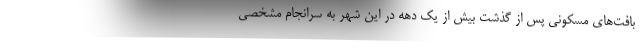
بافت‌های مسکونی پس از گذشت بیش از یک دهه در این شهر به سرانجام مشخصی